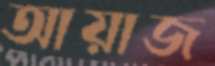
আয়াজ